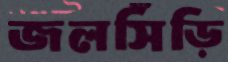
জলসিঁড়ি